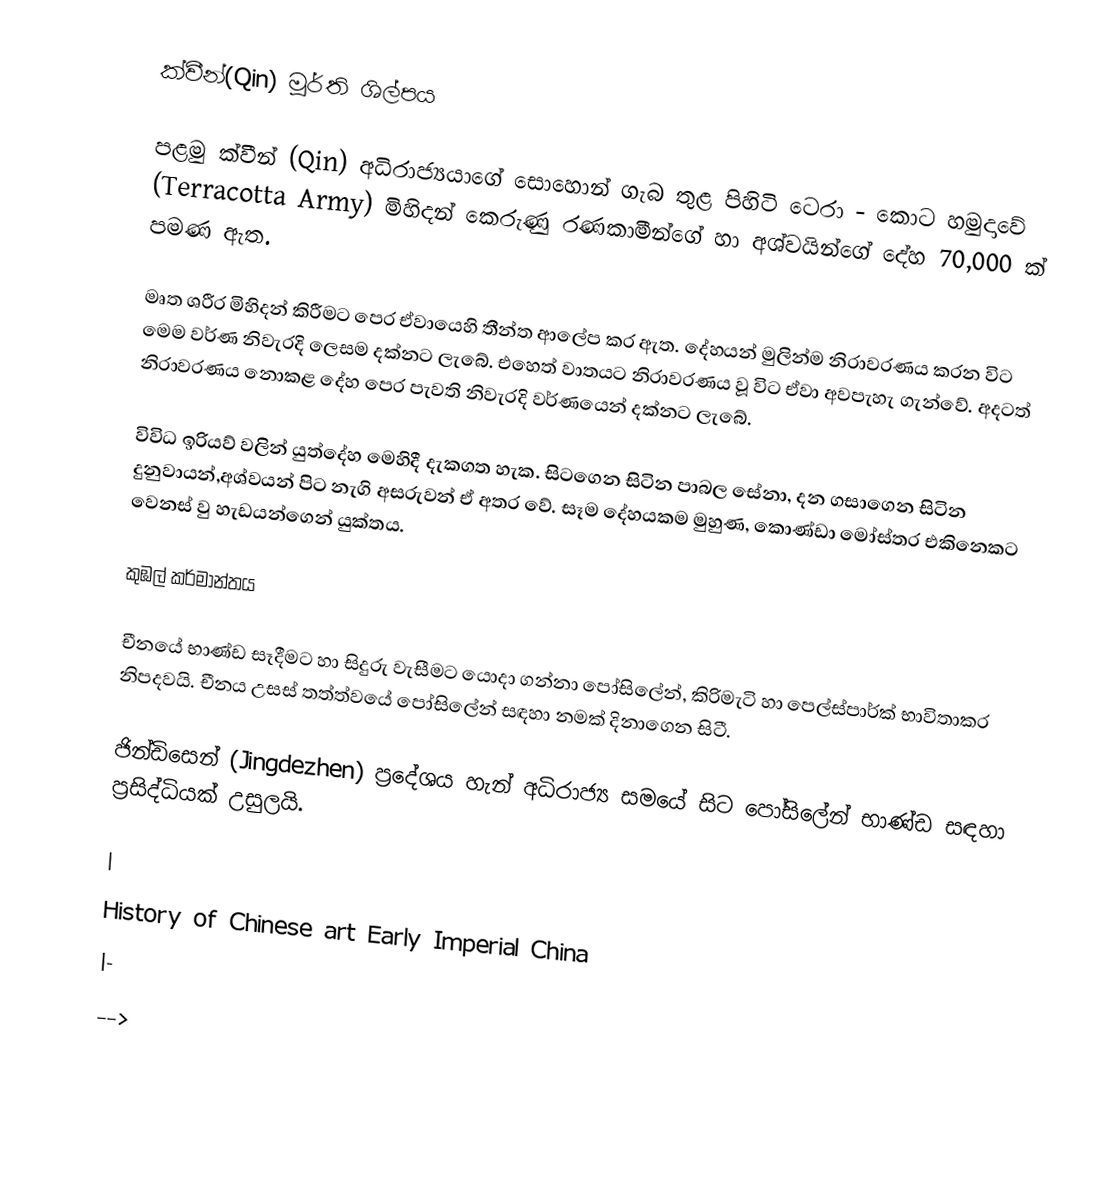
ක්වීන්(Qin) මූර්ති ශිල්පය

පළමු ක්වීන් (Qin)  අධිරාජ්‍යයාගේ සො‍හොන් ගැබ තුළ පිහිටි ටෙරා - කොට හමුදාවේ  (Terracotta Army)  මිහිදන් කෙරුණු රණකාමීන්ගේ හා අශ්වයින්ගේ දේහ 70,000 ක් පමණ ඇත.

මෘත ශරීර මිහිදන් කිරීමට පෙර ඒවායෙහි තීන්ත ආලේප කර ඇත. දේහයන් මුලින්ම නිරාවරණය කරන විට මෙම වර්ණ නිවැරදි ලෙසම දක්නට ලැබේ. එහෙත් වාතයට නිරාවරණය වූ විට ඒවා අවපැහැ ගැන්වේ. අදටත් නිරාවරණය නොකළ දේහ පෙර පැවති නිවැරදි  වර්ණයෙන් දක්නට ලැබේ.

විවිධ ඉරියව් වලින් යුත්දේහ මෙහිදී දැකගත හැක. සිටගෙන සිටින පාබල සේනා, දන ගසාගෙන සිටින දුනුවායන්,අශ්වයන් පිට නැගි අසරුවන් ඒ අතර වේ. සෑම දේහයකම මුහුණ, කොණ්ඩා මෝස්තර එකිනෙකට වෙනස් වු හැඩයන්ගෙන් යුක්තය.

කුඹල් කර්මාන්තය

චීනයේ භාණ්ඩ සෑදීමට හා සිදුරු වැසීමට යොදා ගන්නා පෝසිලේන්, කිරිමැටි හා පෙල්ස්පාර්ක් භාවිතාකර නිපදවයි. චීනය උසස් තත්ත්වයේ පෝසිලේන් සඳහා නමක් දිනාගෙන සිටී.

ජින්ඩිසෙන්  (Jingdezhen)  ප්‍රදේශය හැන් අධිරාජ්‍ය සමයේ සිට පෝසිලේන් භාණ්ඩ සඳහා ප්‍රසිද්ධියක් උසුලයි.

|
History of Chinese art Early Imperial China
|-
-->